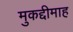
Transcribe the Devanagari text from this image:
मुकद्दीमाह